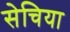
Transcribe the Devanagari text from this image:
सेचिया